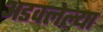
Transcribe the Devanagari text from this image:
अडवलेल्या